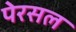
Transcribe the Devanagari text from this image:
पेरसल